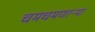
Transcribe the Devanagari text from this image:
चमचमणार्‍या